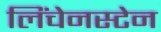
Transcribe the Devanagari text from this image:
लिंचेनस्टेन